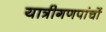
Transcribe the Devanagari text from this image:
यात्रीगणपांचों